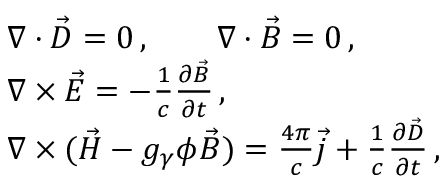
\begin{array} { r l } & { \nabla \cdot \vec { D } = 0 \, , \qquad \nabla \cdot \vec { B } = 0 \, , } \\ & { \nabla \times \vec { E } = - \frac 1 c \frac { \partial \vec { B } } { \partial t } \, , } \\ & { \nabla \times ( \vec { H } - g _ { \gamma } \phi \vec { B } ) = \frac { 4 \pi } { c } \vec { j } + \frac 1 c \frac { \partial \vec { D } } { \partial t } \, , } \end{array}